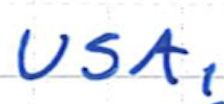
Text: USA,
Cross-out: clean
Writing tool: ballpoint